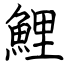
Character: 鯉